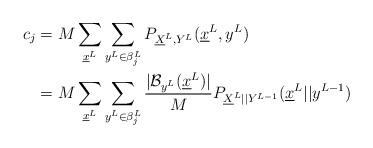
LaTeX: \begin{align*} c_{j} & = M \sum_{\underline x^L} \sum_{y^L \in \beta_j^L}P_{\underline X^L, Y^L} (\underline x^L, y^L ) \\& = M \sum_{\underline x^L} \sum_{y^L \in \beta_j^L} \frac{ | \mathcal B_{y^L}(\underline x^L)|}{M} P_{ {\underline X}^{L} | | Y^{L-1} }( {\underline x}^{L} || y^{L-1}) \end{align*}